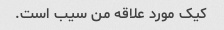
کیک مورد علاقه من سیب است.